Mental hospitals Bombay report 1929-33 - 1929-1933
Year: 1929
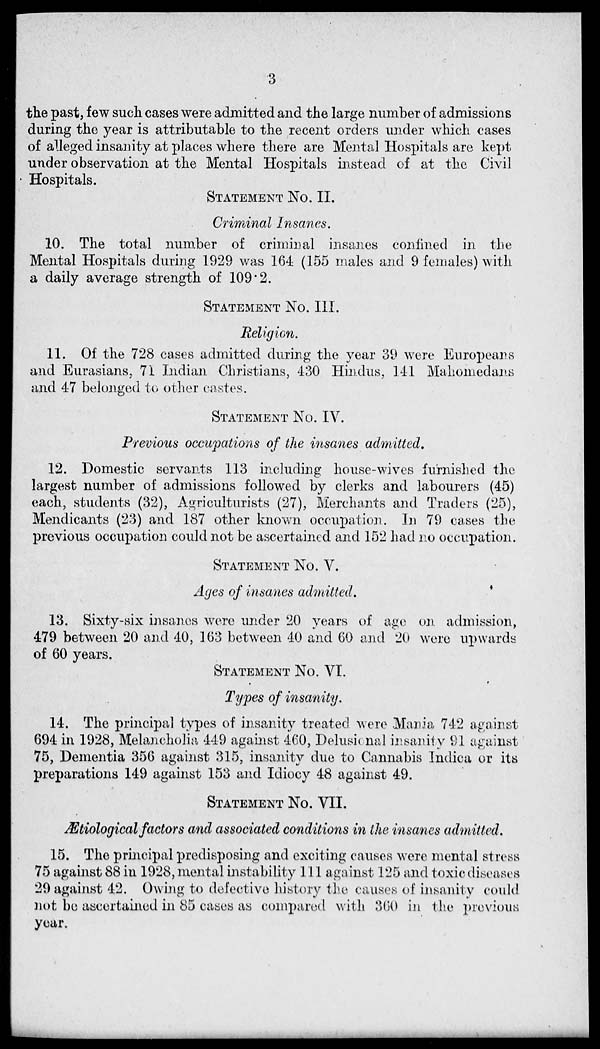
3
the past, few such cases were admitted and the large number of admissions
during the year is attributable to the recent orders under which cases
of alleged insanity at places where there are Mental Hospitals are kept
under observation at the Mental Hospitals instead of at the Civil
Hospitals.
STATEMENT NO. II.
Criminal Insanes.
10. The total number of criminal insanes confined in the
Mental Hospitals during 1929 was 164 (155 males and 9 females) with
a daily average strength of 109.2.
STATEMENT NO. III.
Religion.
11. Of the 728 cases admitted during the year 39 were Europeans
and Eurasians, 71 Indian Christians, 430 Hindus, 141 Mahomedans
and 47 belonged to other castes.
STATEMENT NO. IV.
Previous occupations of the insanes admitted.
12. Domestic servants 113 including house-wives furnished the
largest number of admissions followed by clerks and labourers (45)
each, students (32), Agriculturists (27), Merchants and Traders (25),
Mendicants (23) and 187 other known occupation. In 79 cases the
previous occupation could not be ascertained and 152 had no occupation.
STATEMENT NO. V.
Ages of insanes admitted.
13. Sixty-six insanes were under 20 years of age on admission,
479 between 20 and 40, 163 between 40 and 60 and 20 were upwards
of 60 years.
STATEMENT NO. VI.
Types of insanity.
14. The principal types of insanity treated were Mania 742 against
694 in 1928, Melancholia 449 against 460, Delusional insanity 91 against
75, Dementia 356 against 315, insanity due to Cannabis Indica or its
preparations 149 against 153 and Idiocy 48 against 49.
STATEMENT NO. VII.
Ætiological factors and associated conditions in the insanes admitted.
15. The principal predisposing and exciting causes were mental stress
75 against 88 in 1928, mental instability 111 against 125 and toxic diseases
29 against 42. Owing to defective history the causes of insanity could
not be ascertained in 85 cases as compared with 360 in the previous
year.